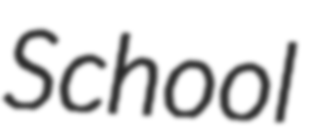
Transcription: School